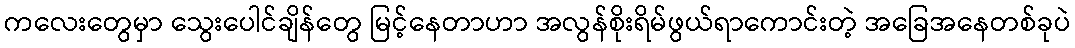
ကလေးတွေမှာ သွေးပေါင်ချိန်တွေ မြင့်နေတာဟာ အလွန်စိုးရိမ်ဖွယ်ရာကောင်းတဲ့ အခြေအနေတစ်ခုပဲ